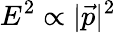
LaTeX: E^{2}\propto|{\vec{p}}|^{2}